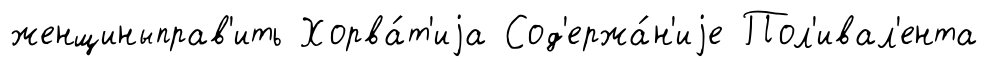
женщиныправ'ить Хорва́т'иjа Сод'ержа́н'иjе Пол'ивал'ента